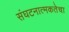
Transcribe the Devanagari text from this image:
संघटनात्मकतेचा